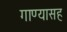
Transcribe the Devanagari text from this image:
गाण्यासह